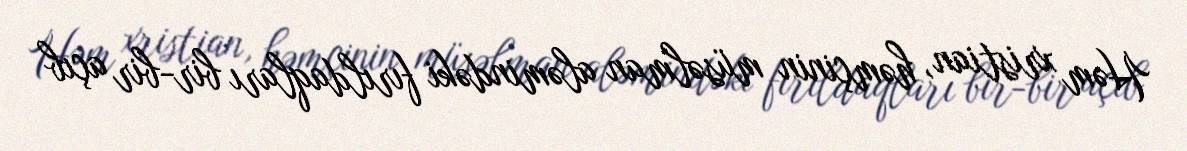
Həm xristian, həmçinin müsəlman aləmindəki fırıldaqları bir-bir açıb